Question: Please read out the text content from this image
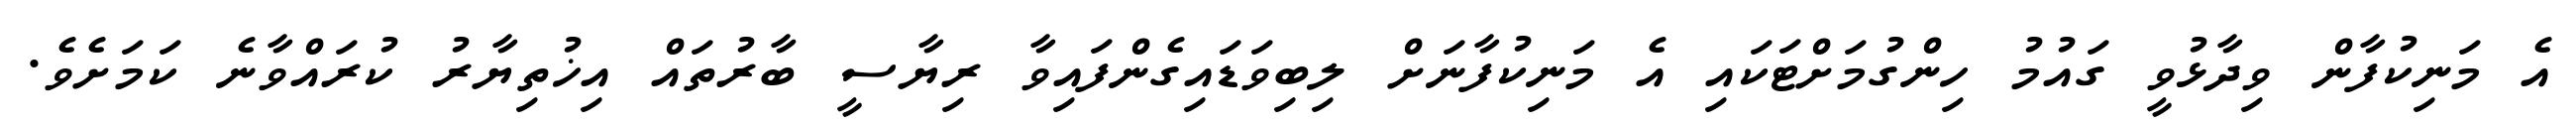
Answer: އެ މަނިކުފާން ވިދާޅުވީ ގައުމު ހިންގުމަށްޓަކައި އެ މަނިކުފާނަށް ލިބިވަޑައިގެންފައިވާ ރިޔާސީ ބާރުތައް އިޚުތިޔާރު ކުރައްވާނެ ކަމަށެވެ.